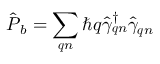
\hat { \boldsymbol { P } } _ { b } = \sum _ { \boldsymbol { q } n } \hbar \boldsymbol { q } \hat { \gamma } _ { \boldsymbol { q } n } ^ { \dagger } \hat { \gamma } _ { \boldsymbol { q } n }